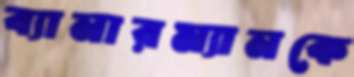
ব্যানারম্যানকে